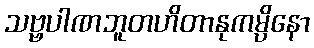
သဗ္ဗပါဏဘူတဟိတာနုကမ္ပိနော